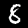
Label: 8